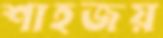
শাহজয়